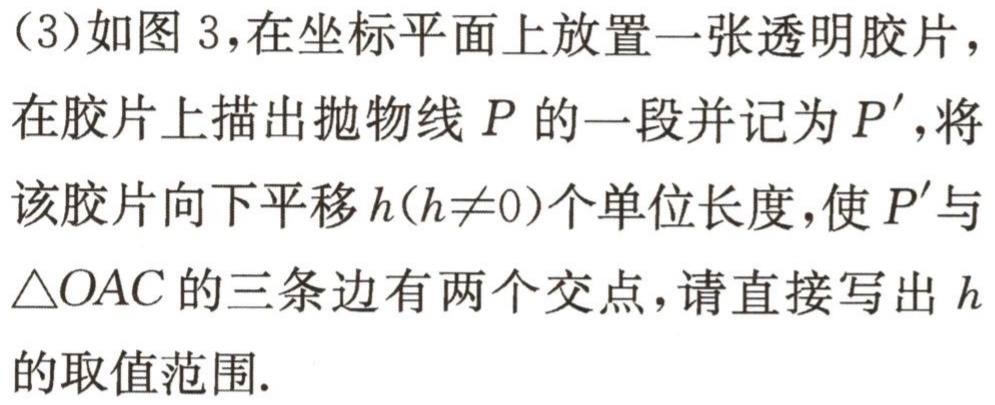
（3）如图 3，在坐标平面上放置一张透明胶片，在胶片上描出抛物线 \(P\) 的一段并记为 \(P'\)，将该胶片向下平移 \(h(h\neq0)\)个单位长度，使 \(P'\) 与 \(\triangle OAC\) 的三条边有两个交点，请直接写出 \(h\) 的取值范围.